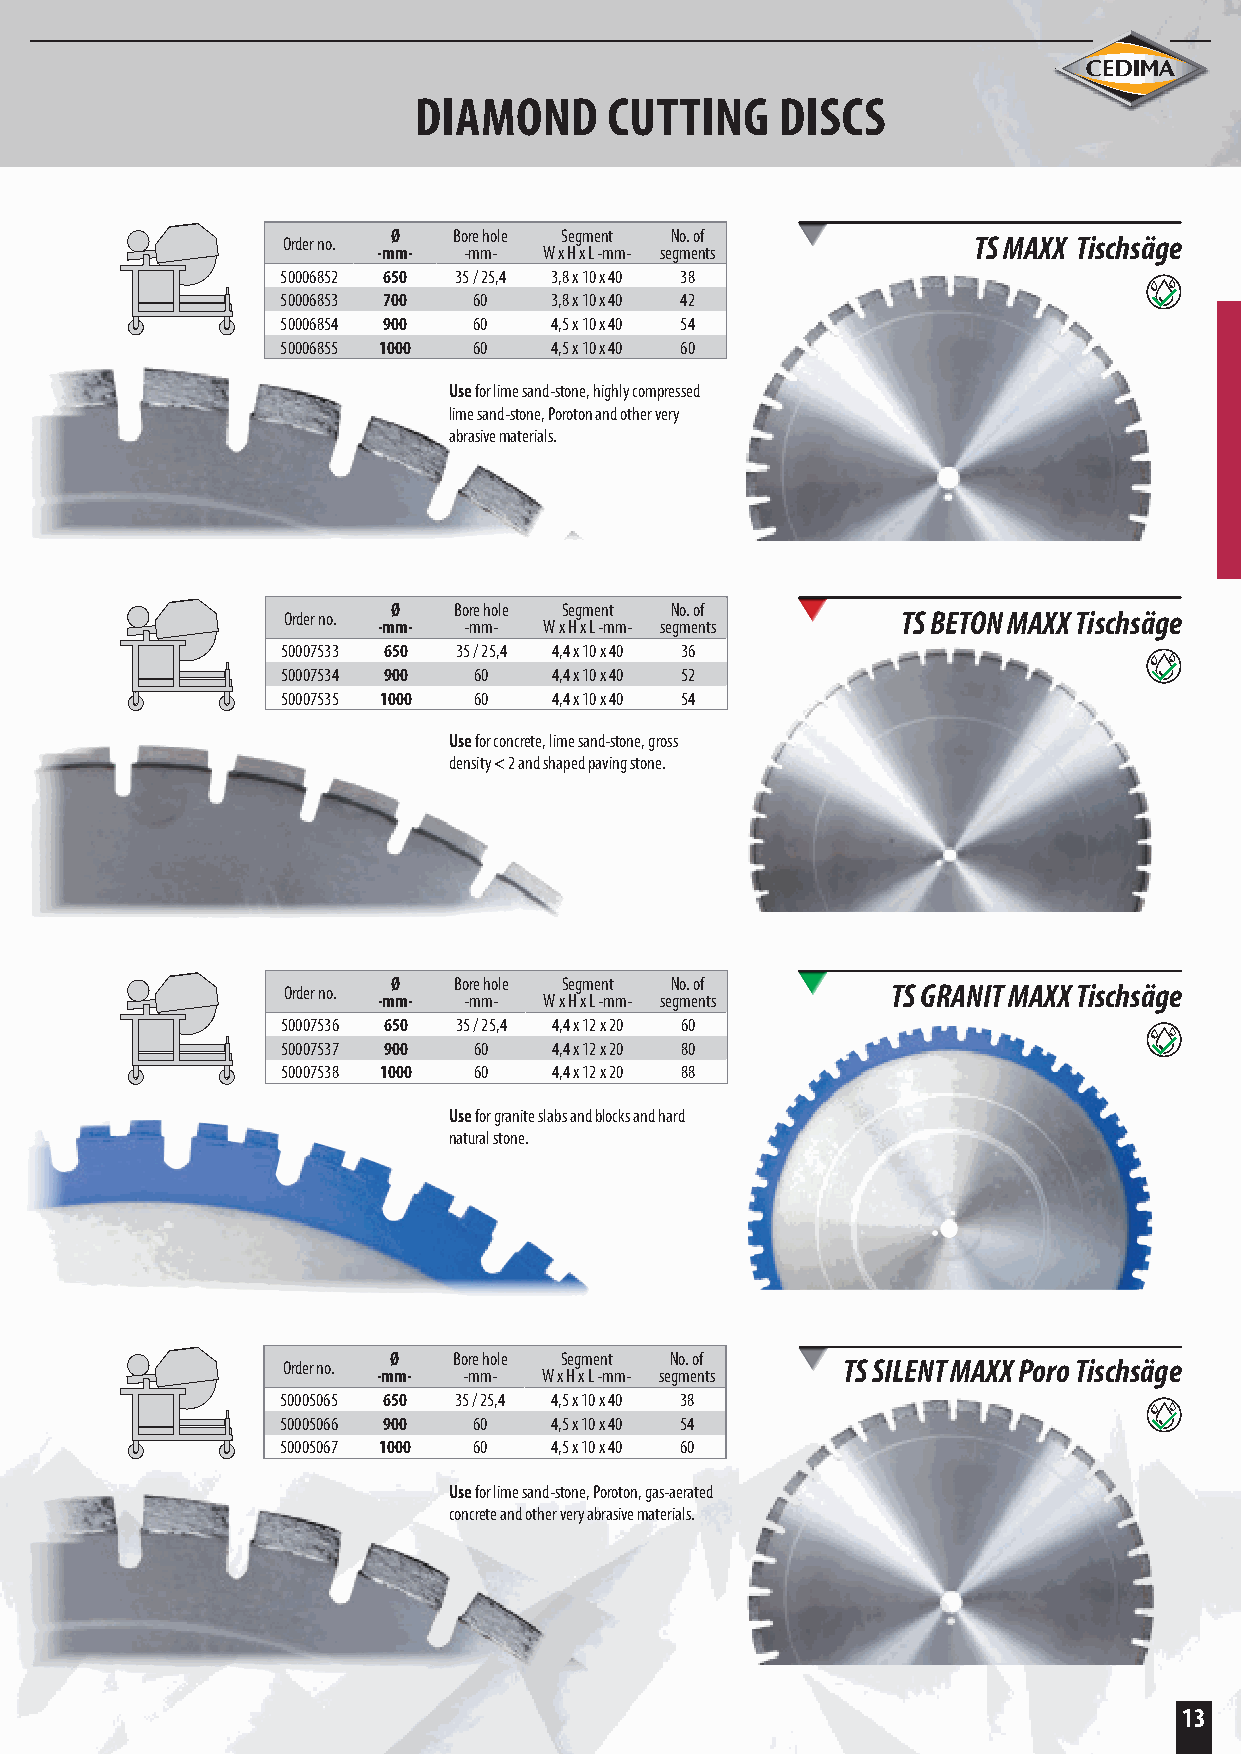
DIAMOND      CUTTING     DISCS
 Order no. Ø Bore hole Segment No. of         TS MAXX Tischsäge
 -mm-  -mm- W x H x L -mm- segments
 50006852 650 35 / 25,4 3,8 x 10 x 40 38
 50006853 700 60  3,8 x 10 x 40 42
 50006854 900 60  4,5 x 10 x 40 54
 50006855 1000 60 4,5 x 10 x 40 60
 Use for lime sand-stone, highly compressed
 lime sand-stone, Poroton and other very
 abrasive materials.
 Order no. Ø Bore hole Segment No. of     TS BETON MAXX Tischsäge
 -mm-  -mm- W x H x L -mm- segments
 50007533 650 35 / 25,4 4,4 x 10 x 40 36
 50007534 900 60   4,4 x 10 x 40 52
 50007535 1000 60  4,4 x 10 x 40 54
 Use for concrete, lime sand-stone, gross
 density < 2 and shaped paving stone.
 Order no. Ø Bore hole Segment No. of    TS GRANIT MAXX Tischsäge
 -mm-  -mm- W x H x L -mm- segments
 50007536 650 35 / 25,4 4,4 x 12 x 20 60
 50007537 900 60   4,4 x 12 x 20 80
 50007538 1000 60  4,4 x 12 x 20 88
 Use for granite slabs and blocks and hard
 natural stone.
 Order no. Ø Bore hole Segment No. of TS SILENT MAXX Poro Tischsäge
 -mm-  -mm- W x H x L -mm- segments
 50005065 650 35 / 25,4 4,5 x 10 x 40 38
 50005066 900 60  4,5 x 10 x 40 54
 50005067 1000 60 4,5 x 10 x 40 60
 Use for lime sand-stone, Poroton, gas-aerated
 concrete and other very abrasive materials.
 13